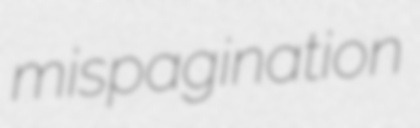
mispagination